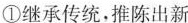
①继承传统，推陈出新